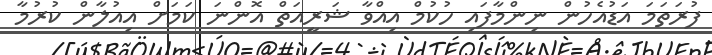
ފުރަތަމަ އަޑުއެހުން ނިންމާފައި ހުކުމް އިއްވާ ޝަރީއަތް އޮންނަ ކަމަށް އިއުލާން ކުރުމާ